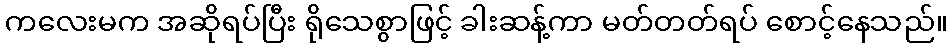
ကလေးမက အဆိုရပ်ပြီး ရိုသေစွာဖြင့် ခါးဆန့်ကာ မတ်တတ်ရပ် စောင့်နေသည်။